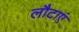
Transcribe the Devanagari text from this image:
लौटाएं